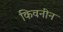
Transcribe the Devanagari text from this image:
किवनीन